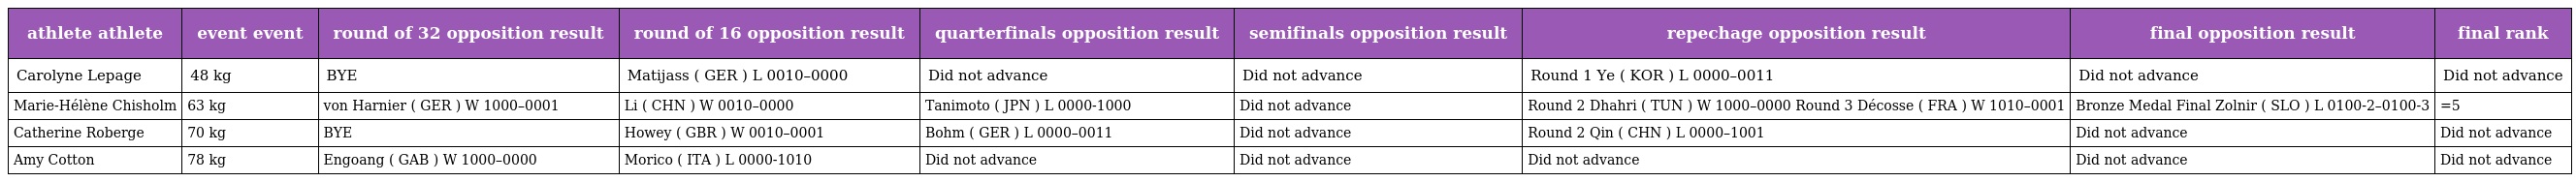
| athlete athlete | event event | round of 32 opposition result | round of 16 opposition result | quarterfinals opposition result | semifinals opposition result | repechage opposition result | final opposition result | final rank |
 | --- | --- | --- | --- | --- | --- | --- | --- | --- |
 | Carolyne Lepage | 48 kg | BYE | Matijass ( GER ) L 0010–0000 | Did not advance | Did not advance | Round 1 Ye ( KOR ) L 0000–0011 | Did not advance | Did not advance |
 | Marie-Hélène Chisholm | 63 kg | von Harnier ( GER ) W 1000–0001 | Li ( CHN ) W 0010–0000 | Tanimoto ( JPN ) L 0000-1000 | Did not advance | Round 2 Dhahri ( TUN ) W 1000–0000 Round 3 Décosse ( FRA ) W 1010–0001 | Bronze Medal Final Zolnir ( SLO ) L 0100-2–0100-3 | =5 |
 | Catherine Roberge | 70 kg | BYE | Howey ( GBR ) W 0010–0001 | Bohm ( GER ) L 0000–0011 | Did not advance | Round 2 Qin ( CHN ) L 0000–1001 | Did not advance | Did not advance |
 | Amy Cotton | 78 kg | Engoang ( GAB ) W 1000–0000 | Morico ( ITA ) L 0000-1010 | Did not advance | Did not advance | Did not advance | Did not advance | Did not advance |